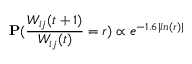
\mathbf { P } ( \frac { W _ { i j } ( t + 1 ) } { W _ { i j } ( t ) } = r ) \propto e ^ { - 1 . 6 | l n ( r ) | }